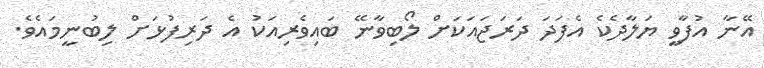
އޭނާ އުފާވީ ޔަލާދެކެ އެފަދަ ދަރަޖައަކަށް ލޯބިވާނޭ ބައިވެރިއަކު އެ ދަރިފުޅަށް ލިބުނީމައެވެ.